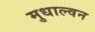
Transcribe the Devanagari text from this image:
मुधाल्वन